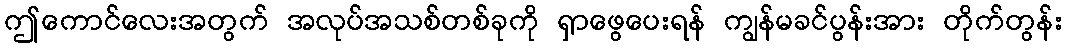
ဤကောင်လေးအတွက် အလုပ်အသစ်တစ်ခုကို ရှာဖွေပေးရန် ကျွန်မခင်ပွန်းအား တိုက်တွန်း